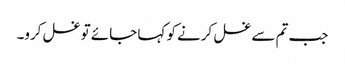
جب تم سے غسل کرنے کو کہا جائے تو غسل کرو۔